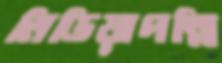
মিডিয়াপল্লি